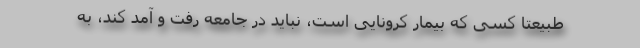
طبیعتا کسی که بیمار کرونایی است، نباید در جامعه رفت و آمد کند، به